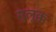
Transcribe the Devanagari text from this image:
मुलुक्क